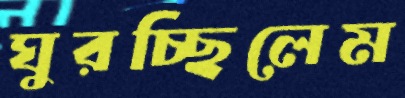
ঘুরচ্ছিলেম